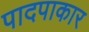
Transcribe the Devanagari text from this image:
पादपाकार